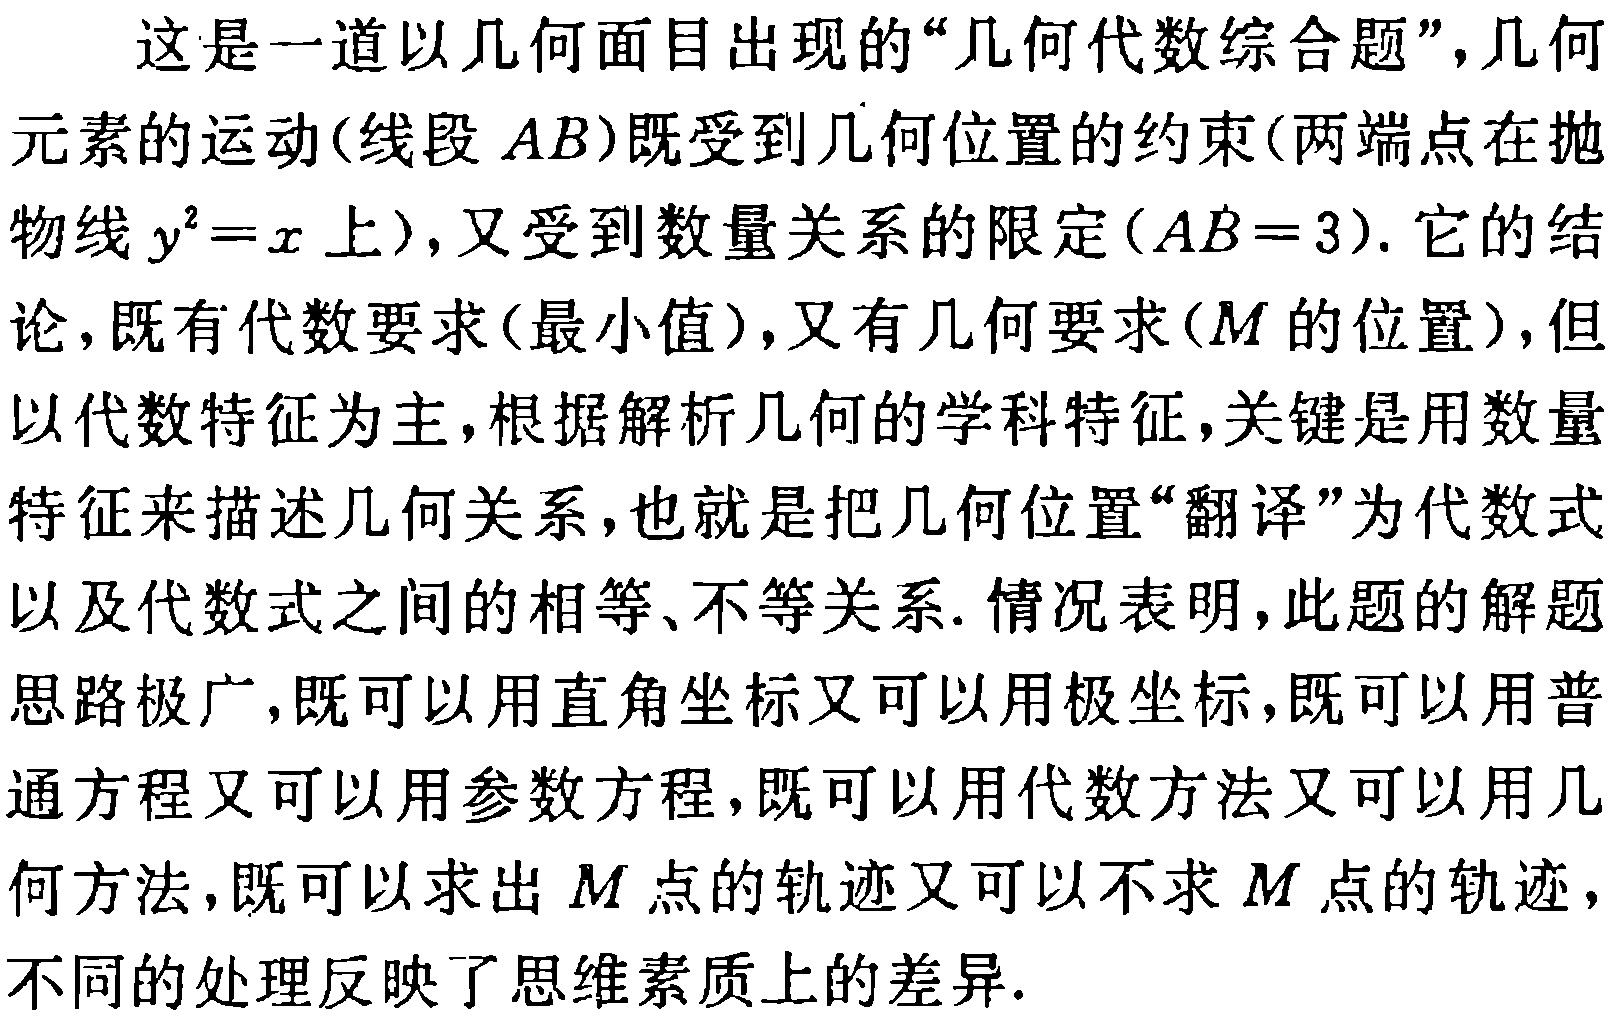
这是一道以几何面目出现的“几何代数综合题”，几何元素的运动(线段 \(AB\))既受到几何位置的约束(两端点在抛物线 \(y^{2}=x\) 上)，又受到数量关系的限定(\(AB = 3\)). 它的结论，既有代数要求(最小值)，又有几何要求(\(M\) 的位置)，但以代数特征为主，根据解析几何的学科特征，关键是用数量特征来描述几何关系，也就是把几何位置“翻译”为代数式以及代数式之间的相等、不等关系. 情况表明，此题的解题思路极广，既可以用直角坐标又可以用极坐标，既可以用普通方程又可以用参数方程，既可以用代数方法又可以用几何方法，既可以求出 \(M\) 点的轨迹又可以不求 \(M\) 点的轨迹，不同的处理反映了思维素质上的差异.